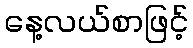
နေ့လယ်စာဖြင့်